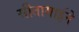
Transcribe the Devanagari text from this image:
सीतामाईने